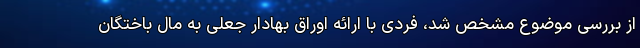
از بررسی موضوع مشخص شد، فردی با ارائه اوراق بهادار جعلی به مال باختگان